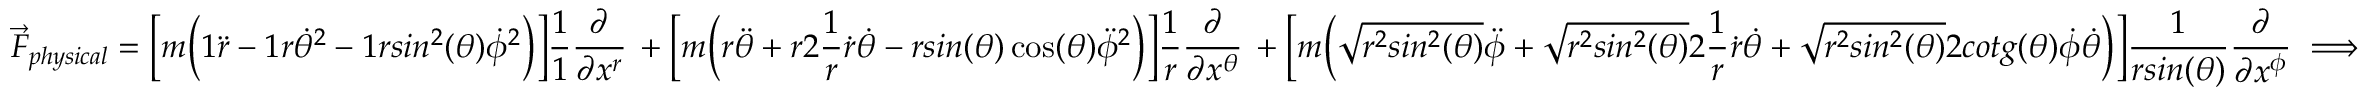
\vec { F } _ { p h y s i c a l } = \Big [ m \Big ( 1 \ddot { r } - 1 r \dot { \theta } ^ { 2 } - 1 r s i n ^ { 2 } ( \theta ) \dot { \phi } ^ { 2 } \Big ) \Big ] \frac { 1 } { 1 } \frac { \partial } { \partial x ^ { r } } \, + \Big [ m \Big ( r \ddot { \theta } + r 2 \frac { 1 } { r } \dot { r } \dot { \theta } - r s i n ( \theta ) \cos ( \theta ) \ddot { \phi } ^ { 2 } \Big ) \Big ] \frac { 1 } { r } \frac { \partial } { \partial x ^ { \theta } } \, + \Big [ m \Big ( \sqrt { r ^ { 2 } s i n ^ { 2 } ( \theta ) } \ddot { \phi } + \sqrt { r ^ { 2 } s i n ^ { 2 } ( \theta ) } 2 \frac { 1 } { r } \dot { r } \dot { \theta } + \sqrt { r ^ { 2 } s i n ^ { 2 } ( \theta ) } 2 c o t g ( \theta ) \dot { \phi } \dot { \theta } \Big ) \Big ] \frac { 1 } { r s i n ( \theta ) } \frac { \partial } { \partial x ^ { \phi } } \implies